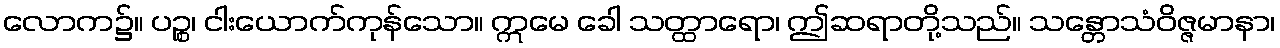
လောက၌။ ပဉ္စ၊ ငါးယောက်ကုန်သော။ ဣမေ ခေါ သတ္ထာရော၊ ဤဆရာတို့သည်။ သန္တောသံဝိဇ္ဇမာနာ၊